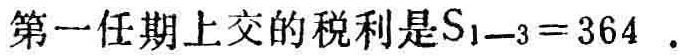
第一任期上交的税利是$S_{1 - 3}=364$  .